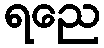
ရညေ